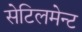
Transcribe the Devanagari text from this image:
सेटिलमेन्ट